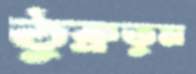
ঠুক্‌রতুম